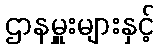
ဌာနမှူးများနှင့်